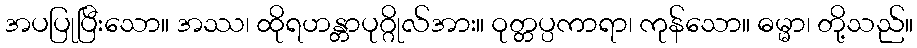
အပပြုပြီးသော။ အဿ၊ ထိုရဟန္တာပုဂ္ဂိုလ်အား။ ဝုတ္တပ္ပကာရာ၊ ကုန်သော။ ဓမ္မာ၊ တို့သည်။